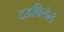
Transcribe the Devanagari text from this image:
दडविलेले